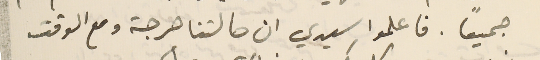
جميعاً. فاعلموا سيدي ان حالتنا حرجة ومع الوقت